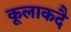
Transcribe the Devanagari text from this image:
कूलाकदै